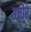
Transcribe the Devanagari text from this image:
उत्तोर